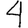
Digit: 4